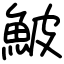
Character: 鮍